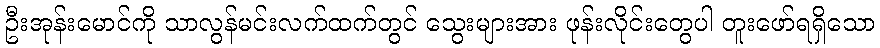
ဦးအုန်းမောင်ကို သာလွန်မင်းလက်ထက်တွင် သွေးများအား ဖုန်းလိုင်းတွေပါ တူးဖော်ရရှိသော